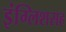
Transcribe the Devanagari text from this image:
इंग्लिशसह